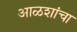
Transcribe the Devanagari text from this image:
आळशांचा